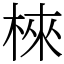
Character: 棶